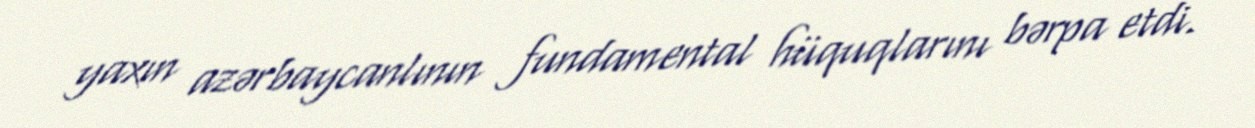
yaxın azərbaycanlının fundamental hüquqlarını bərpa etdi.